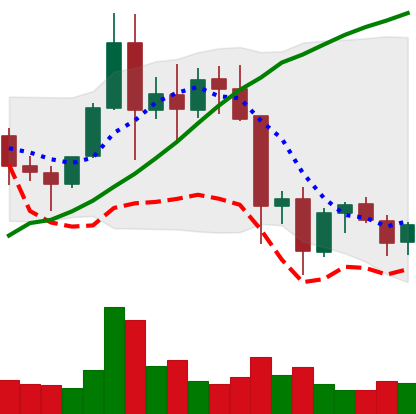
Ticker: EOS-USD
Chart end date: 2021-11-23
Forward return: -6.343%
Label: down_5_7